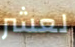
لعشر